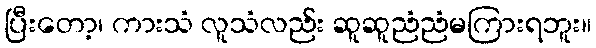
ပြီးတော့၊ ကားသံ လူသံလည်း ဆူဆူညံညံမကြားရဘူး။